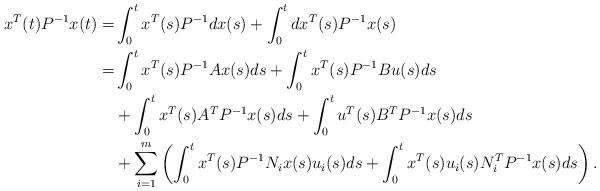
LaTeX: \begin{align*}x^T(t)P^{-1} x(t)=&\int_0^t x^T(s)P^{-1} dx(s)+\int_0^t dx^T(s) P^{-1} x(s)\\ =&\int_0^t x^T(s) P^{-1} A x(s) ds+\int_0^t x^T(s)P^{-1} B u(s) ds\\ &+\int_0^t x^T(s) A^T P^{-1} x(s)ds+\int_0^t u^T(s)B^T P^{-1} x(s)ds\\ &+\sum_{i=1}^m \left(\int_0^t x^T(s) P^{-1} N_i x(s) u_i(s) ds+\int_0^t x^T(s) u_i(s)N_i^T P^{-1} x(s)ds\right).\end{align*}